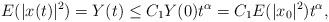
LaTeX: \begin{align*} E(|x(t)|^2)=Y(t)\leq C_1Y(0)t^\alpha=C_1E(|x_0|^2)t^\alpha,\end{align*}